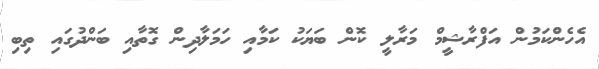
އެހެންކަމުން އަފްރާޝީމް މަރާލީ ކޮން ބަޔަކު ކަމާއި ހަމަލާދިން ގޮތާއި ބަންދުގައި ތިބި